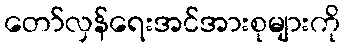
တော်လှန်ရေးအင်အားစုများကို